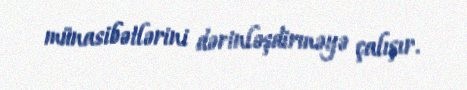
münasibətlərini dərinləşdirməyə çalışır.